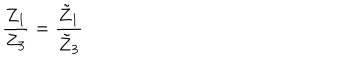
LaTeX: \frac { Z _ { 1 } } { Z _ { 3 } } = \frac { \tilde { Z } _ { 1 } } { \tilde { Z } _ { 3 } }